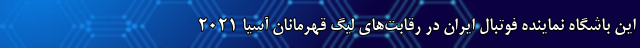
این باشگاه نماینده فوتبال ایران در رقابت‌های لیگ قهرمانان آسیا 2021